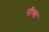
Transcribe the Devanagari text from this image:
पीव्स